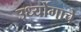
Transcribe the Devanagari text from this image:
उध्योंगाचे